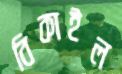
বিকাইল